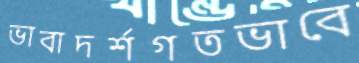
ভাবাদর্শগতভাবে